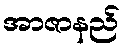
အာဇာနည်